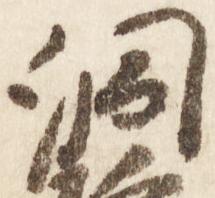
洞